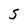
Character: 5